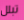
تبلل